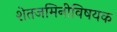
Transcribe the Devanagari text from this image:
शेतजमिनीविषयक